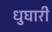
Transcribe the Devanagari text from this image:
धुघारी